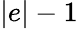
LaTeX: |e|-1